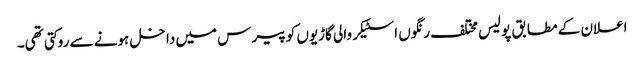
اعلان کے مطابق پولیس مختلف رنگوں اسٹیکر والی گاڑیوں کو پیرس میں داخل ہونے سے روکتی تھی۔